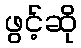
ဖွင့်ဆို